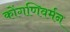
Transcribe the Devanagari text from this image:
कोंगणिवर्मन